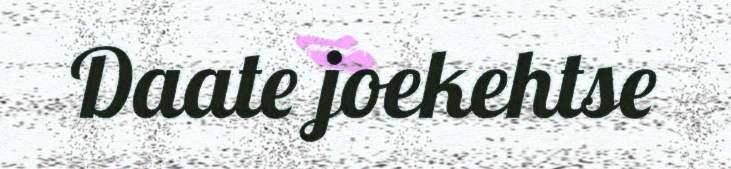
Daate joekehtse